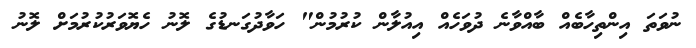
ނުވަތަ އިންތިހާބެއް ބާއްވާނެ ދުވަހެއް އިއުލާން ކުރުމުން" ހަވާދުގަނޑުގެ ލޮނު ހެޔޮވަރުކުރުމަށް ލޮނު